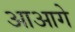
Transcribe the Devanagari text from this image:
आआगे